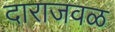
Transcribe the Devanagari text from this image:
दाराजवळ